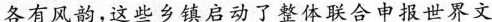
各有风韵，这些乡镇启动了整体联合申报世界文